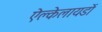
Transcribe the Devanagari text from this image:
ऐल्केलायडों